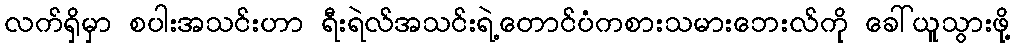
လက်ရှိမှာ စပါးအသင်းဟာ ရီးရဲလ်အသင်းရဲ့တောင်ပံကစားသမားဘေးလ်ကို ခေါ်ယူသွားဖို့